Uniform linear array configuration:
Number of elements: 16
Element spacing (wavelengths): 0.5
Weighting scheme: cosine
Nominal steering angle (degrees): -30
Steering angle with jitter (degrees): -28.862
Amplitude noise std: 0.05
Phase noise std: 0.05

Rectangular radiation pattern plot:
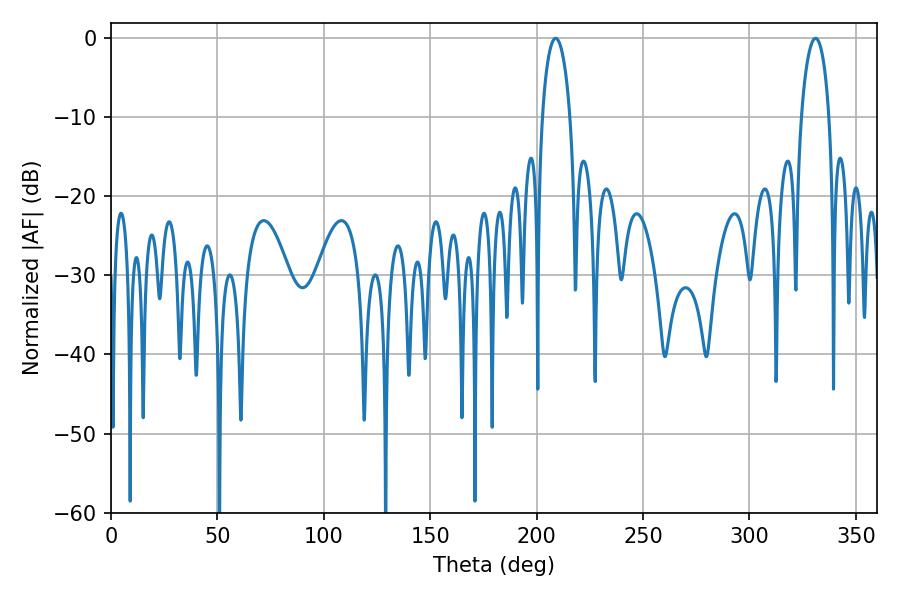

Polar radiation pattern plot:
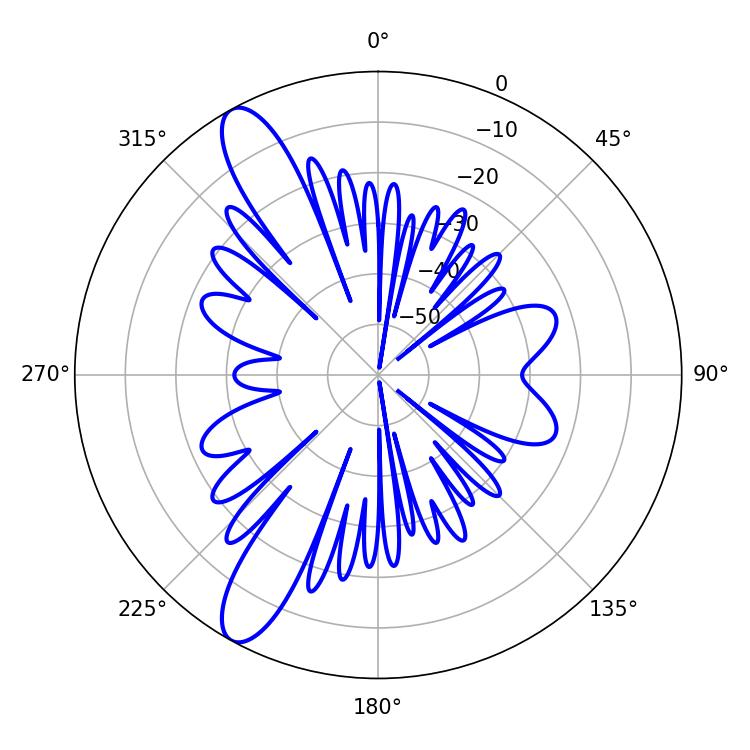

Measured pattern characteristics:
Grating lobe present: FALSE
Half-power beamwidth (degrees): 7.56
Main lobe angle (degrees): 331.02